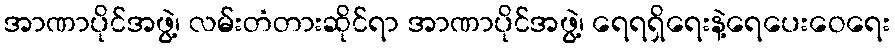
အာဏာပိုင်အဖွဲ့၊ လမ်းတံတားဆိုင်ရာ အာဏာပိုင်အဖွဲ့၊ ရေရရှိရေးနဲ့ရေပေးဝေရေး